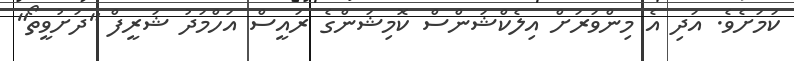
ކަމަށެވެ. އަދި އެ މިންވަރަށް އިލެކްޝަންސް ކޮމިޝަންގެ ރައީސް އަހްމަދު ޝަރީފް "ދަށުވީތޯ"